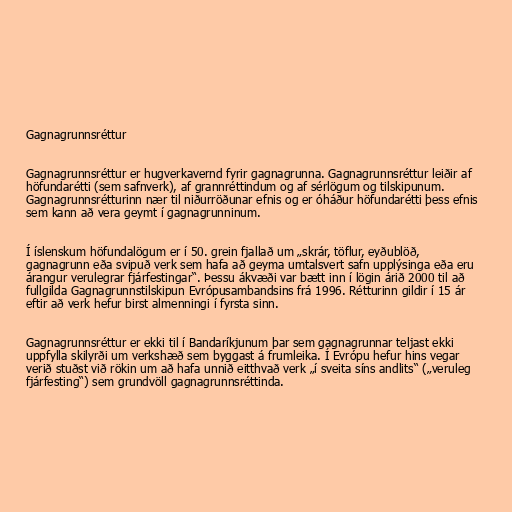
Gagnagrunnsréttur

Gagnagrunnsréttur er hugverkavernd fyrir gagnagrunna. Gagnagrunnsréttur leiðir af
höfundarétti (sem safnverk), af grannréttindum og af sérlögum og tilskipunum.
Gagnagrunnsrétturinn nær til niðurröðunar efnis og er óháður höfundarétti þess efnis
sem kann að vera geymt í gagnagrunninum.

Í íslenskum höfundalögum er í 50. grein fjallað um „skrár, töflur, eyðublöð,
gagnagrunn eða svipuð verk sem hafa að geyma umtalsvert safn upplýsinga eða eru
árangur verulegrar fjárfestingar“. Þessu ákvæði var bætt inn í lögin árið 2000 til að
fullgilda Gagnagrunnstilskipun Evrópusambandsins frá 1996. Rétturinn gildir í 15 ár
eftir að verk hefur birst almenningi í fyrsta sinn.

Gagnagrunnsréttur er ekki til í Bandaríkjunum þar sem gagnagrunnar teljast ekki
uppfylla skilyrði um verkshæð sem byggast á frumleika. Í Evrópu hefur hins vegar
verið stuðst við rökin um að hafa unnið eitthvað verk „í sveita síns andlits“ („veruleg
fjárfesting“) sem grundvöll gagnagrunnsréttinda.